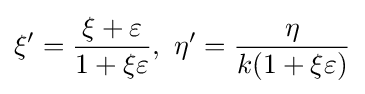
\xi '={\frac {\xi +\varepsilon }{1+\xi \varepsilon }},\ \eta '={\frac {\eta }{k(1+\xi \varepsilon )}}